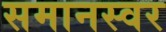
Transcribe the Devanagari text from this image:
समानस्वर